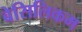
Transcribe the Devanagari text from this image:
बेसिलिकम